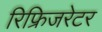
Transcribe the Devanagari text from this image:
रिफ्रिजरेटर